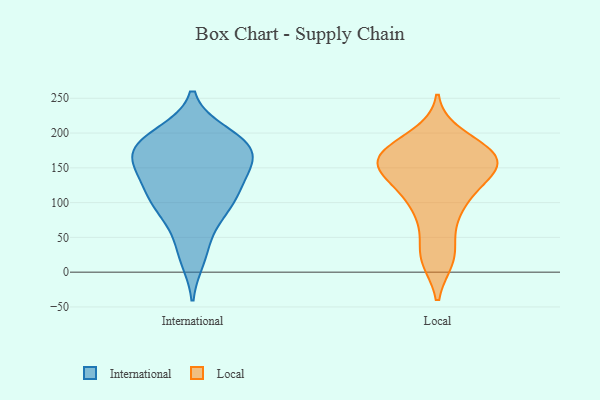
{"axis": {"x": "Production Output", "y": "Value"}, "legend": ["International", "Local"], "data": [{"x": "", "y": 198, "type": "International"}, {"x": "", "y": 84, "type": "International"}, {"x": "", "y": 89, "type": "International"}, {"x": "", "y": 180, "type": "International"}, {"x": "", "y": 163, "type": "International"}, {"x": "", "y": 89, "type": "International"}, {"x": "", "y": 139, "type": "International"}, {"x": "", "y": 116, "type": "International"}, {"x": "", "y": 35, "type": "International"}, {"x": "", "y": 159, "type": "International"}, {"x": "", "y": 183, "type": "International"}, {"x": "", "y": 21, "type": "International"}, {"x": "", "y": 145, "type": "International"}, {"x": "", "y": 112, "type": "International"}, {"x": "", "y": 117, "type": "International"}, {"x": "", "y": 161, "type": "International"}, {"x": "", "y": 188, "type": "International"}, {"x": "", "y": 191, "type": "International"}, {"x": "", "y": 180, "type": "International"}, {"x": "", "y": 21, "type": "Local"}, {"x": "", "y": 134, "type": "Local"}, {"x": "", "y": 165, "type": "Local"}, {"x": "", "y": 112, "type": "Local"}, {"x": "", "y": 152, "type": "Local"}, {"x": "", "y": 170, "type": "Local"}, {"x": "", "y": 160, "type": "Local"}, {"x": "", "y": 103, "type": "Local"}, {"x": "", "y": 180, "type": "Local"}, {"x": "", "y": 177, "type": "Local"}, {"x": "", "y": 154, "type": "Local"}, {"x": "", "y": 163, "type": "Local"}, {"x": "", "y": 164, "type": "Local"}, {"x": "", "y": 134, "type": "Local"}, {"x": "", "y": 146, "type": "Local"}, {"x": "", "y": 195, "type": "Local"}, {"x": "", "y": 76, "type": "Local"}, {"x": "", "y": 27, "type": "Local"}, {"x": "", "y": 87, "type": "Local"}, {"x": "", "y": 20, "type": "Local"}]}